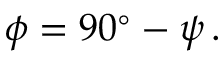
\phi = 9 0 { } ^ { \circ } - \psi \, .